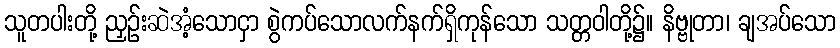
သူတပါးတို့ ညှဉ်းဆဲအံ့သောငှာ စွဲကပ်သောလက်နက်ရှိကုန်သော သတ္တဝါတို့၌။ နိဗ္ဗုတာ၊ ချအပ်သော